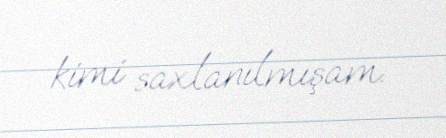
kimi saxlanılmışam.